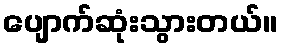
ပျောက်ဆုံးသွားတယ်။